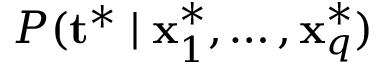
P ( \mathbf { t } ^ { * } \mid \mathbf { x } _ { 1 } ^ { * } , \ldots , \mathbf { x } _ { q } ^ { * } )